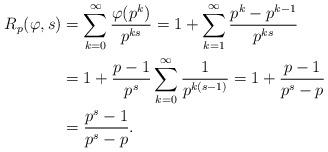
LaTeX: \begin{align*}R_p(\varphi, s) &= \sum_{k = 0}^\infty \frac{\varphi(p^k)}{p^{ks}} = 1 + \sum_{k = 1}^\infty \frac{p^k - p^{k - 1}}{p^{ks}} \\&= 1 + \frac{p - 1}{p^s} \sum_{k = 0}^\infty \frac{1}{p^{k(s - 1)}} = 1 + \frac{p - 1}{p^s - p} \\&= \frac{p^s - 1}{p^s - p}.\end{align*}